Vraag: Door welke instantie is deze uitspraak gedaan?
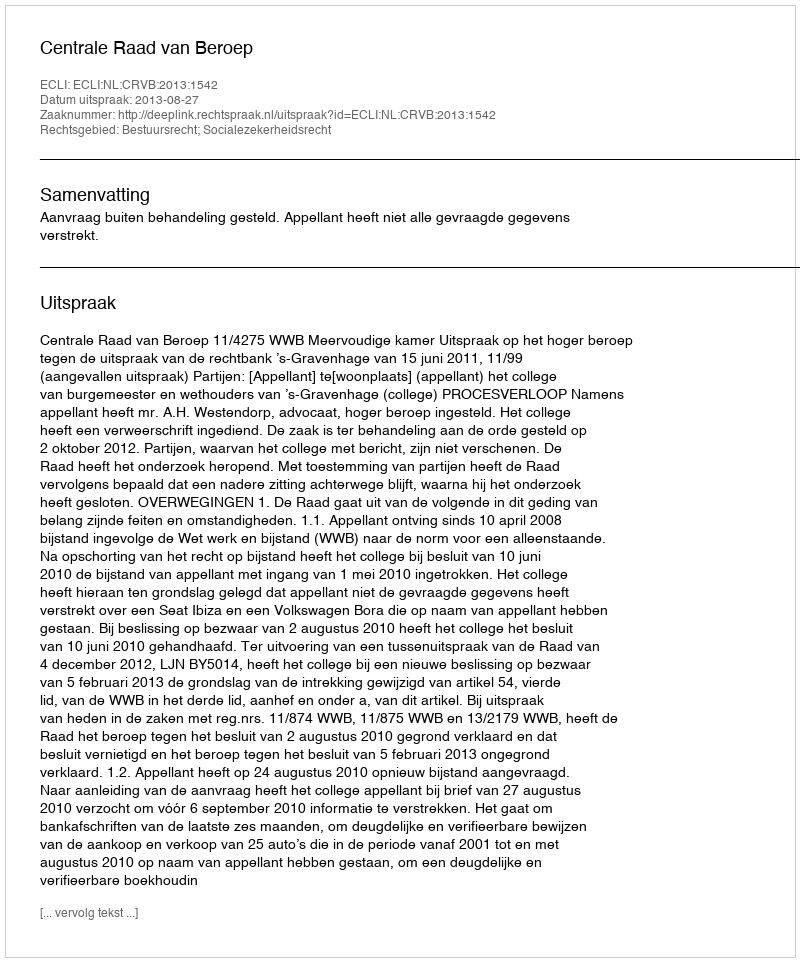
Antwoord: Centrale Raad van Beroep